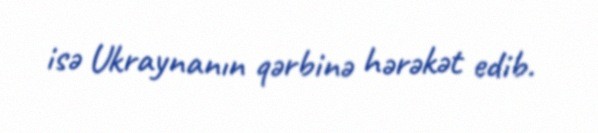
isə Ukraynanın qərbinə hərəkət edib.